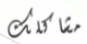
مشاكلك